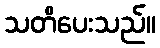
သတိပေးသည်။